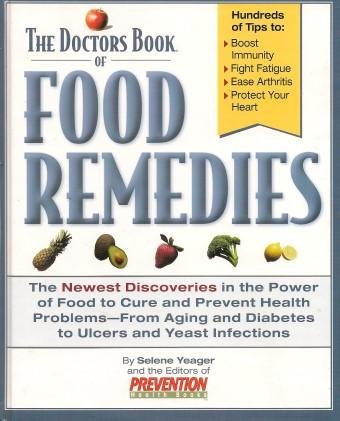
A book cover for The Doctor"s Book of Food Remedies. The Newest Discoveries in the Power of Food to Cure and Prevent Health Problems - From Aging and Diabetes to Ulcers and Yeast Infections.; Selene Yeager; Health, Fitness & Dieting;